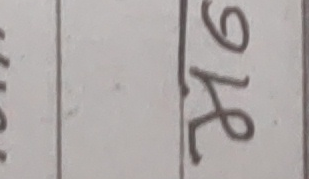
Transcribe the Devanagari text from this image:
के९